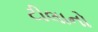
ટીલાનો